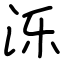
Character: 泺